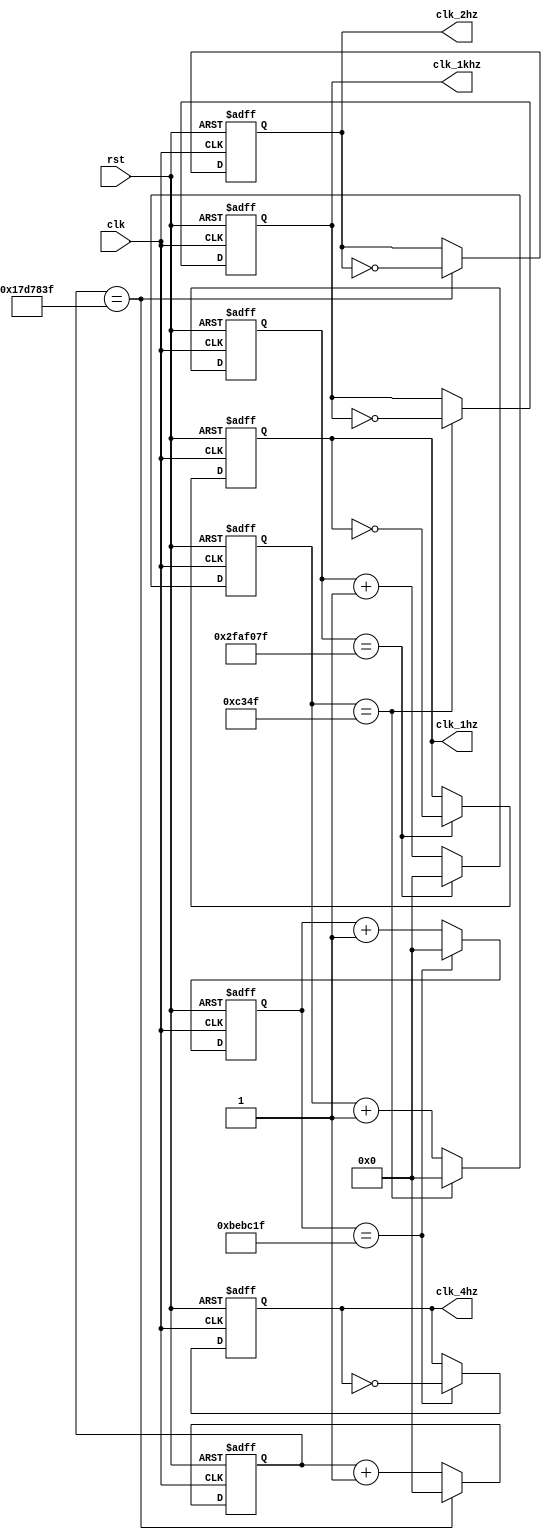
`timescale 1ns / 1ps
//////////////////////////////////////////////////////////////////////////////////
// Company: 
// Engineer: 
// 
// Design Name: 
// Module Name:    clk_divider 
// Project Name: 
// Target Devices: 
// Tool versions: 
// Description: 
//
// Dependencies: 
//
// Revision: 
// Revision 0.01 - File Created
// Additional Comments: 
//
//////////////////////////////////////////////////////////////////////////////////

//consult the Digilent tutorial on clk divider for more details https://learn.digilentinc.com/Documents/262
module clk_divider(input clk,
					input rst,
					output reg clk_1hz,
					output reg clk_2hz,
					output reg clk_4hz,
					output reg clk_1khz);

	localparam onehz_divisor = 50_000_000; //divisor logic: the clk is 100Mhz, 1hz = flip bit every 50000000 times the clk changes value.
	localparam twohz_divisor = 25_000_000;
	localparam fourhz_divisor = 12_500_000; //for blinking in adjust mode
	localparam onekhz_divisor = 50_000; //1khz for seven seg display
	
	reg[31:0] onehz_counter;
	reg[31:0] twohz_counter; 
	reg[31:0] fourhz_counter;
	reg[31:0] onekhz_counter;
	
	always @ (posedge(clk) or posedge(rst)) begin //handles 1hz clk
		if(rst == 1'b1) begin //if reset then reset the values
			onehz_counter <= 32'b0;
			clk_1hz <= 1'b0;
 		end
		else if(onehz_counter == onehz_divisor - 1) begin //if the divisor value is reached, reset counter and flip the divided clk bit
			onehz_counter <= 32'b0;
			clk_1hz <= ~clk_1hz;
		end
		else begin //otherwise just increment the counter
			onehz_counter <= onehz_counter + 1;
			clk_1hz <= clk_1hz;
		end
	end
	
	always @ (posedge(clk) or posedge(rst)) begin //handles 2hz clk
		if(rst == 1'b1) begin
			twohz_counter <= 32'b0;
			clk_2hz <= 1'b0;
 		end
		else if(twohz_counter == twohz_divisor - 1) begin
			twohz_counter <= 32'b0;
			clk_2hz <= ~clk_2hz;
		end
		else begin
			twohz_counter <= twohz_counter + 1;
			clk_2hz <= clk_2hz;
		end
	end
	
	always @ (posedge(clk) or posedge(rst)) begin //handles blinking adjust 4hz clk
		if(rst == 1'b1) begin
			fourhz_counter <= 32'b0;
			clk_4hz <= 1'b0;
 		end
		else if(fourhz_counter == fourhz_divisor - 1) begin
			fourhz_counter <= 32'b0;
			clk_4hz <= ~clk_4hz;
		end
		else begin
			fourhz_counter <= fourhz_counter + 1;
			clk_4hz <= clk_4hz;
		end
	end
	
	always @ (posedge(clk) or posedge(rst)) begin //handles display 1khz clk
		if(rst == 1'b1) begin
			onekhz_counter <= 32'b0;
			clk_1khz <= 1'b0;
 		end
		else if(onekhz_counter == onekhz_divisor - 1) begin
			onekhz_counter <= 32'b0;
			clk_1khz <= ~clk_1khz;
		end
		else begin
			onekhz_counter <= onekhz_counter + 1;
			clk_1khz <= clk_1khz;
		end
	end

endmodule